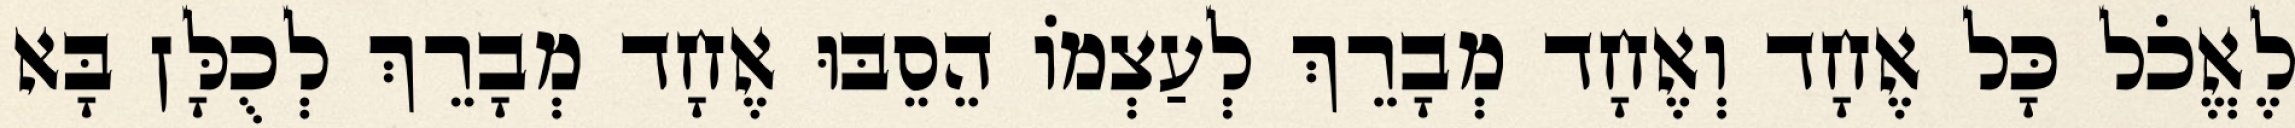
לֶאֱכֹל כָּל אֶחָד וְאֶחָד מְבָרֵךְ לְעַצְמוֹ הֵסֵבּוּ אֶחָד מְבָרֵךְ לְכֻלָּן בָּא